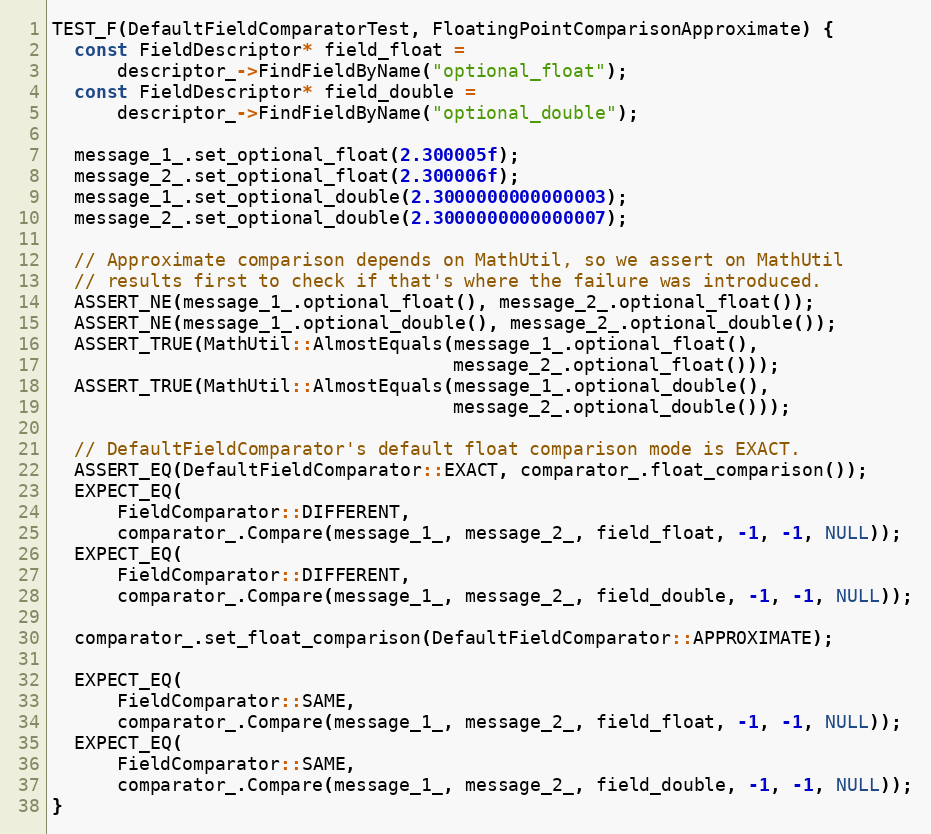
Language: C++
TEST_F(DefaultFieldComparatorTest, FloatingPointComparisonApproximate) {
  const FieldDescriptor* field_float =
      descriptor_->FindFieldByName("optional_float");
  const FieldDescriptor* field_double =
      descriptor_->FindFieldByName("optional_double");

  message_1_.set_optional_float(2.300005f);
  message_2_.set_optional_float(2.300006f);
  message_1_.set_optional_double(2.3000000000000003);
  message_2_.set_optional_double(2.3000000000000007);

  // Approximate comparison depends on MathUtil, so we assert on MathUtil
  // results first to check if that's where the failure was introduced.
  ASSERT_NE(message_1_.optional_float(), message_2_.optional_float());
  ASSERT_NE(message_1_.optional_double(), message_2_.optional_double());
  ASSERT_TRUE(MathUtil::AlmostEquals(message_1_.optional_float(),
                                     message_2_.optional_float()));
  ASSERT_TRUE(MathUtil::AlmostEquals(message_1_.optional_double(),
                                     message_2_.optional_double()));

  // DefaultFieldComparator's default float comparison mode is EXACT.
  ASSERT_EQ(DefaultFieldComparator::EXACT, comparator_.float_comparison());
  EXPECT_EQ(
      FieldComparator::DIFFERENT,
      comparator_.Compare(message_1_, message_2_, field_float, -1, -1, NULL));
  EXPECT_EQ(
      FieldComparator::DIFFERENT,
      comparator_.Compare(message_1_, message_2_, field_double, -1, -1, NULL));

  comparator_.set_float_comparison(DefaultFieldComparator::APPROXIMATE);

  EXPECT_EQ(
      FieldComparator::SAME,
      comparator_.Compare(message_1_, message_2_, field_float, -1, -1, NULL));
  EXPECT_EQ(
      FieldComparator::SAME,
      comparator_.Compare(message_1_, message_2_, field_double, -1, -1, NULL));
}